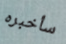
سأخبره